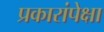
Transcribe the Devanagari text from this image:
प्रकारांपेक्षा